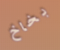
بخاخ